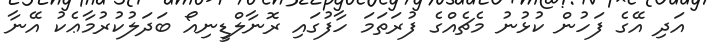
އަދި އޭގެ ފަހުން ކުޅުނު މެޗެއްގެ ފުރަތަމަ ހާފުގައި ރޮނާލްޑީނިއޯ ބަދަލުކުރުމާޢެކު އޭނާ